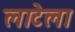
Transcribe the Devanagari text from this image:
लाटेला